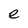
Character: e